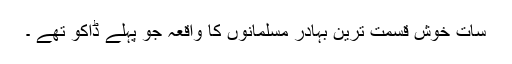
سات خوش قسمت ترین بہادر مسلمانوں کا واقعہ جو پہلے ڈاکو تھے ۔